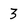
Character: 3